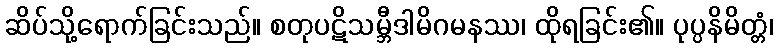
ဆိပ်သို့ရောက်ခြင်းသည်။ စတုပဋိသမ္ဘီဒါမိဂမနဿ၊ ထိုရခြင်း၏။ ပုပ္ပနိမိတ္တံ၊